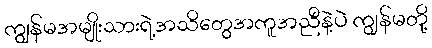
ကျွန်မအမျိုးသားရဲ့အသိတွေအကူအညီနဲ့ပဲ ကျွန်မတို့